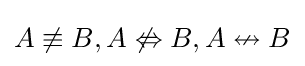
A\not \equiv B,A\not \Leftrightarrow B,A\nleftrightarrow B